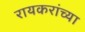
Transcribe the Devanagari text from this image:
रायकरांच्या